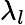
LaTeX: \lambda_{l}